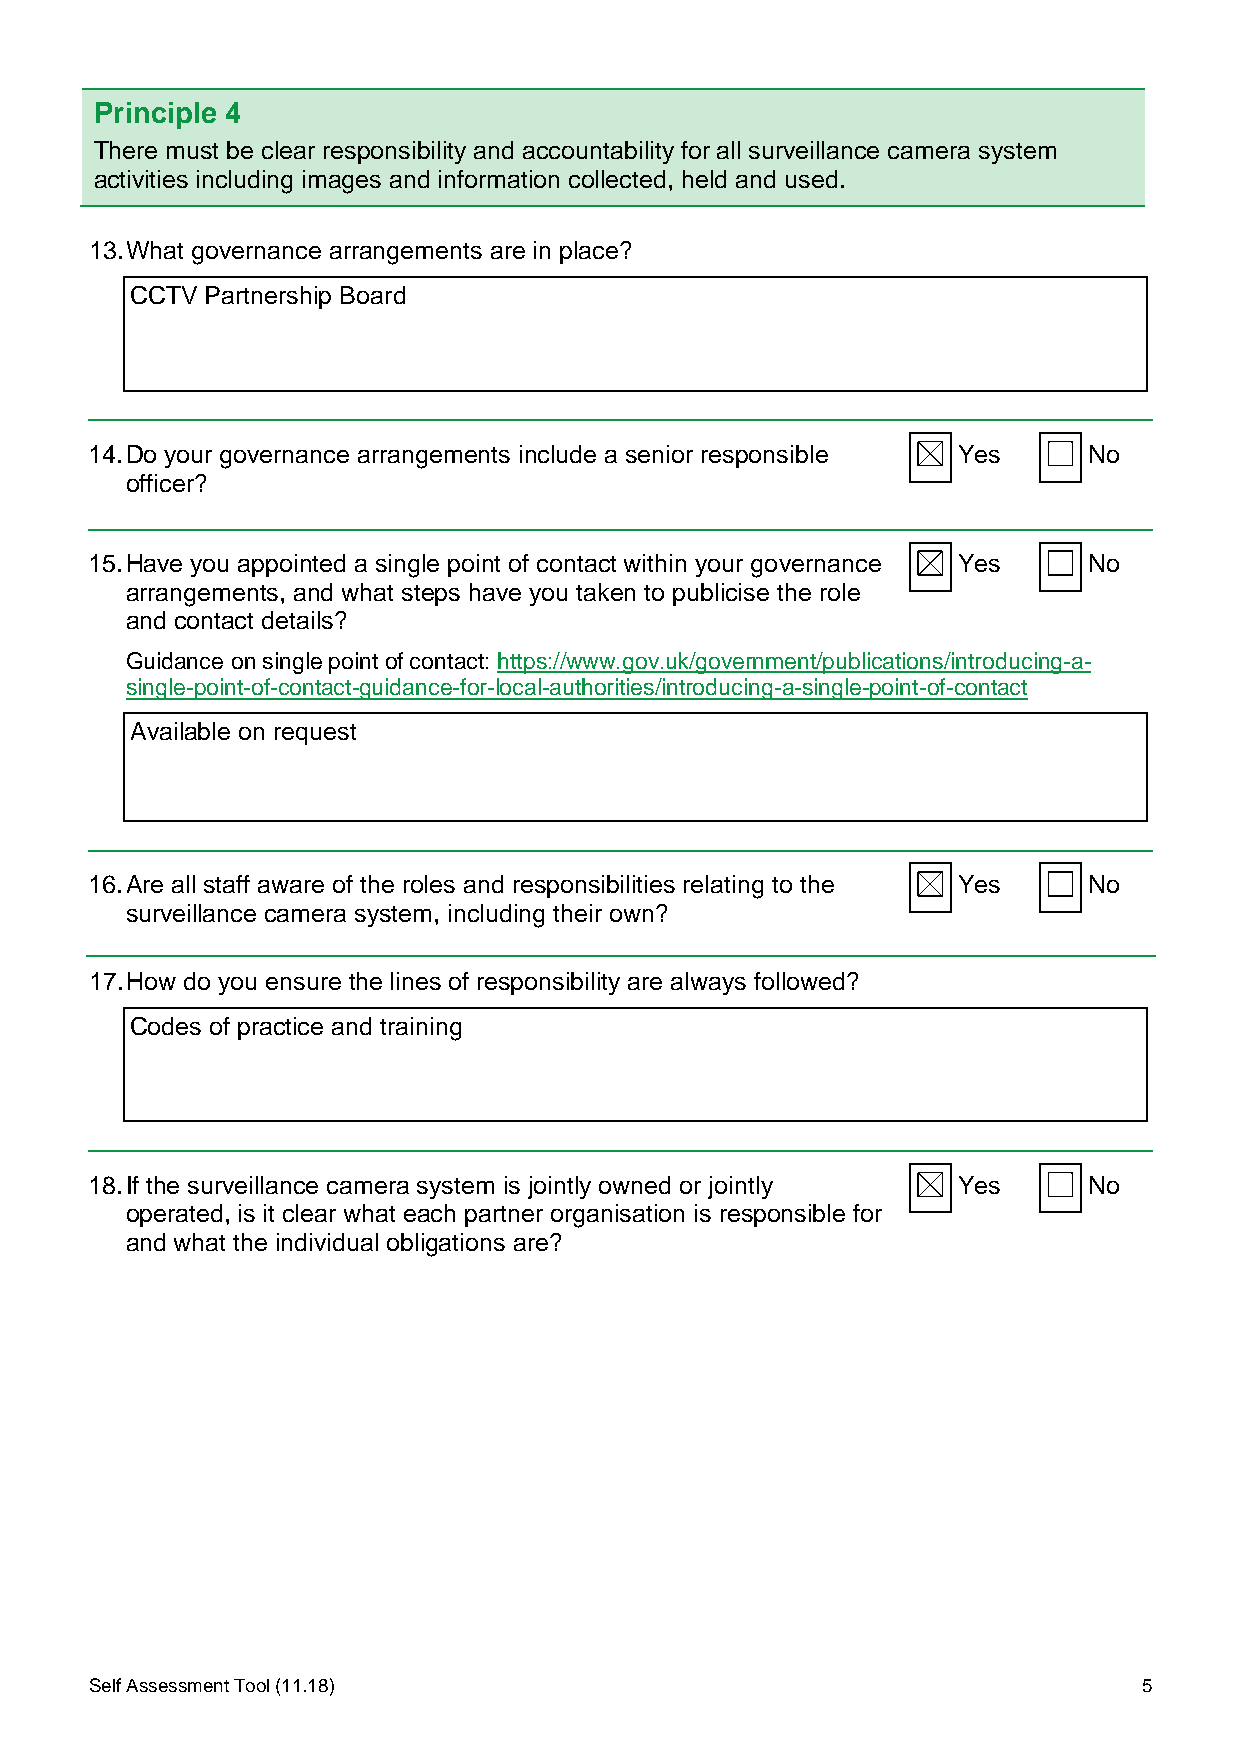
Principle 4
 There must be clear responsibility and accountability for all surveillance camera system
 activities including images and information collected, held and used.
 13. What governance arrangements are in place?
 CCTV Partnership Board
 14. Do your governance arrangements include a senior responsible Yes No
 officer?
 15. Have you appointed a single point of contact within your governance Yes No
 arrangements, and what steps have you taken to publicise the role
 and contact details?
 Guidance on single point of contact: https://www.gov.uk/government/publications/introducing-a-
 single-point-of-contact-guidance-for-local-authorities/introducing-a-single-point-of-contact
 Available on request
 16. Are all staff aware of the roles and responsibilities relating to the Yes No
 surveillance camera system, including their own?
 17. How do you ensure the lines of responsibility are always followed?
 Codes of practice and training
 18. If the surveillance camera system is jointly owned or jointly Yes No
 operated, is it clear what each partner organisation is responsible for
 and what the individual obligations are?
 Self Assessment Tool (11.18)                                          5